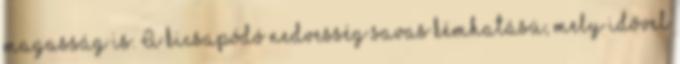
magasság is. A kicsapódó nedvesség savas kémhatású, mely idővel